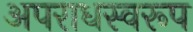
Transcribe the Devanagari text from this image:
अपराधस्वरूप